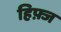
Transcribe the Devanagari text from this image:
हिफ़्ज़